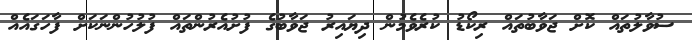
ސުވާލުތައް ކޮށް ޖަވާބުތައް ރިކޯޑު ކުރެވެމުން ދިޔައިރު ޖަވާބުގެ ފުށުއެރުންތައް ފުލުހުންނަކަށް ފާހަގައެއް